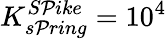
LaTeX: K_{s\mathcal{P}ring}^{S\mathcal{P}ike}=10^{4}